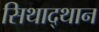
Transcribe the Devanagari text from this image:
सिथाद्थान